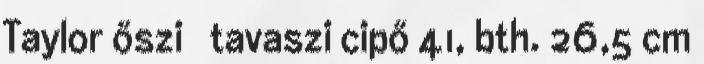
Taylor őszi tavaszi cipő 41, bth. 26,5 cm